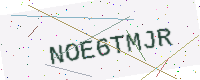
Text: NOE6TMJR